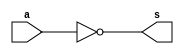
// ------------------------- 
// extra 1
// Nome: Mateus Cunha da Silva 
// ------------------------- 
// ------------------------- 
// test number system 
// ------------------------- 
module Comp2byte( output [7:0]s , input [7:0]a );

assign s = ~a ;

endmodule


module exercicioextra; 
// ------------------------- definir dados 

reg [7:0] a; 
wire [7:0] s;
Comp2byte comp1 (s, a);


// ------------------------- parte principal 
initial begin : main
$display("Extra1 - Mateus Cunha da Silva - 463624"); 
$display("Test number system");

$monitor(" comp2(%b) = %b",a , s);


#1 a = 8'b1; 
#1 a = 8'd2;
#1 a = 8'd3;




end
endmodule // test_base